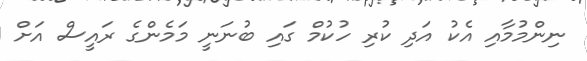
ނިންމުމާއި އެކު އަދި ކުރި ހުކުމް ގައި ބުނަނީ މަމެންގެ ރައީސް އަށް